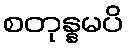
စတုန္နမပိ